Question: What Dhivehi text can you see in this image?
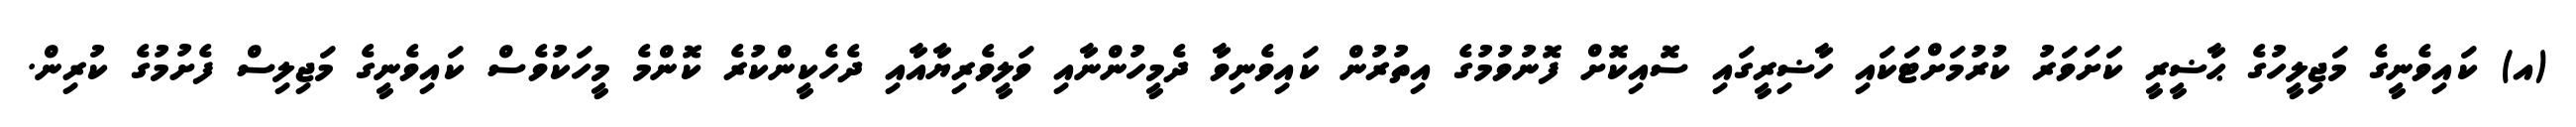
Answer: (އ) ކައިވެނީގެ މަޖިލީހުގެ ޙާޟީރީ ކަށަވަރު ކުރުމަށްޓަކައި ހާޟިރީގައި ސޮއިކޮށް ފޮނުވުމުގެ އިތުރުން ކައިވެނިވާ ދެމީހުންނާއި ވަލީވެރިޔާއާއި ދެހެކީންކުރެ ކޮންމެ މީހަކުވެސް ކައިވެނީގެ މަޖިލިސް ފެށުމުގެ ކުރިން.